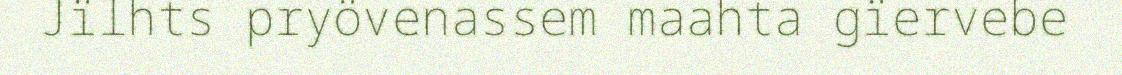
Jïlhts pryövenassem maahta gïervebe